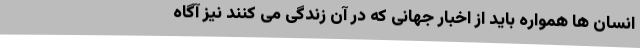
انسان ها همواره باید از اخبار جهانی که در آن زندگی می کنند نیز آگاه